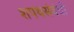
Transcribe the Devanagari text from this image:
शपथसंबंधी